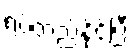
ရပ်တည်နိုင်ပြီး